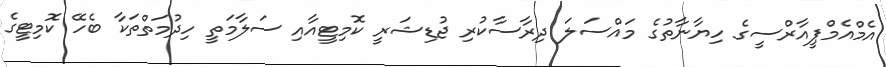
އެމްއެމްޕީއާރްސީގެ ހިޔާނާތުގެ މައްސަލަ ދިރާސާކުރި ޖުޑިޝަރީ ކޮމިޓީއާއި ސަލާމަތީ ހިދުމަތްތަކާ ބެހޭ ކޮމިޓީގެ